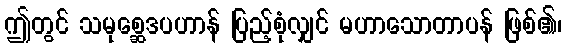
ဤတွင် သမုစ္ဆေဒပဟာန် ပြည့်စုံလျှင် မဟာသောတာပန် ဖြစ်၏၊